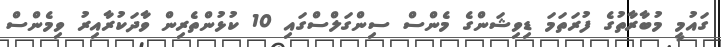
ގައުމީ މުބާރާތުގެ ފުރަތަމަ ޑިވިޝަންގެ މެންސް ސިންގަލްސްގައި 10 ކުޅުންތެރިން ވާދަކުރާއިރު ވިމެންސް